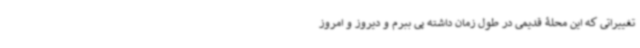
تغییراتی که این محلۀ قدیمی در طول زمان داشته پی ببرم و دیروز و امروز